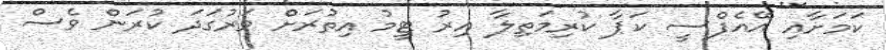
ކަމަށާއި އޭއެފްސީ ކަޕާ ކުރިމަތިލާ އިރު ޓީމު އިތުރަށް ވަރުގަދަ ކުރަން ވެސް